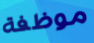
موظفة